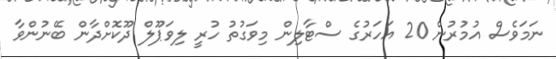
ނަމަވެސް އުމުރުން 20 އަހަރުގެ ސްޓާލިން މިވަގުތު ހުރީ ލިވަޕޫލް ދޫކޮށްދާން ބޭނުންވާ